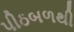
પીઠબળથી